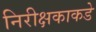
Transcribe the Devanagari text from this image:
निरीक्षकाकडे